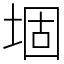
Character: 堌